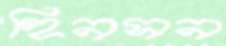
হিনসন